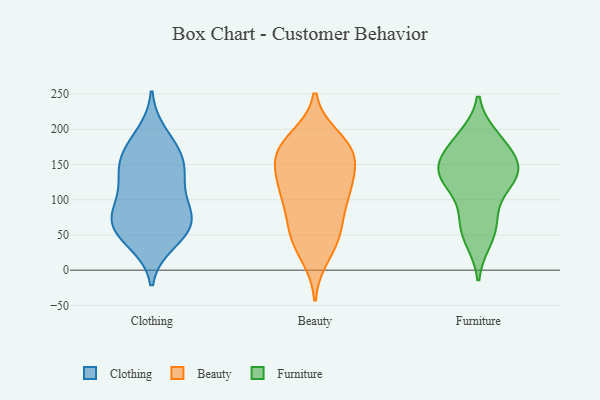
{"axis": {"x": "Waste Production (Tons)", "y": "Value"}, "legend": ["Beauty", "Clothing", "Furniture"], "data": [{"x": "", "y": 119, "type": "Clothing"}, {"x": "", "y": 77, "type": "Clothing"}, {"x": "", "y": 44, "type": "Clothing"}, {"x": "", "y": 157, "type": "Clothing"}, {"x": "", "y": 140, "type": "Clothing"}, {"x": "", "y": 126, "type": "Clothing"}, {"x": "", "y": 63, "type": "Clothing"}, {"x": "", "y": 179, "type": "Clothing"}, {"x": "", "y": 158, "type": "Clothing"}, {"x": "", "y": 57, "type": "Clothing"}, {"x": "", "y": 194, "type": "Clothing"}, {"x": "", "y": 69, "type": "Clothing"}, {"x": "", "y": 73, "type": "Clothing"}, {"x": "", "y": 81, "type": "Clothing"}, {"x": "", "y": 38, "type": "Clothing"}, {"x": "", "y": 156, "type": "Clothing"}, {"x": "", "y": 101, "type": "Clothing"}, {"x": "", "y": 102, "type": "Beauty"}, {"x": "", "y": 176, "type": "Beauty"}, {"x": "", "y": 56, "type": "Beauty"}, {"x": "", "y": 169, "type": "Beauty"}, {"x": "", "y": 73, "type": "Beauty"}, {"x": "", "y": 146, "type": "Beauty"}, {"x": "", "y": 21, "type": "Beauty"}, {"x": "", "y": 113, "type": "Beauty"}, {"x": "", "y": 163, "type": "Beauty"}, {"x": "", "y": 47, "type": "Beauty"}, {"x": "", "y": 43, "type": "Beauty"}, {"x": "", "y": 169, "type": "Beauty"}, {"x": "", "y": 170, "type": "Beauty"}, {"x": "", "y": 123, "type": "Beauty"}, {"x": "", "y": 187, "type": "Beauty"}, {"x": "", "y": 105, "type": "Beauty"}, {"x": "", "y": 124, "type": "Beauty"}, {"x": "", "y": 189, "type": "Furniture"}, {"x": "", "y": 155, "type": "Furniture"}, {"x": "", "y": 185, "type": "Furniture"}, {"x": "", "y": 126, "type": "Furniture"}, {"x": "", "y": 123, "type": "Furniture"}, {"x": "", "y": 70, "type": "Furniture"}, {"x": "", "y": 135, "type": "Furniture"}, {"x": "", "y": 134, "type": "Furniture"}, {"x": "", "y": 150, "type": "Furniture"}, {"x": "", "y": 134, "type": "Furniture"}, {"x": "", "y": 179, "type": "Furniture"}, {"x": "", "y": 43, "type": "Furniture"}, {"x": "", "y": 52, "type": "Furniture"}, {"x": "", "y": 80, "type": "Furniture"}, {"x": "", "y": 154, "type": "Furniture"}]}